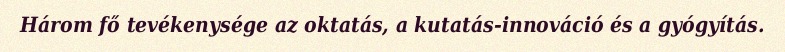
Három fő tevékenysége az oktatás, a kutatás-innováció és a gyógyítás.